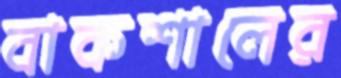
বাকশালের